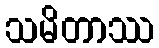
သမိတာဿ